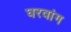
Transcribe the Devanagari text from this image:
घरवांग